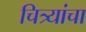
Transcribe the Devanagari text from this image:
चित्र्यांचा